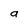
Character: a